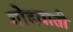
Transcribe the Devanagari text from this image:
गोदवाती